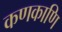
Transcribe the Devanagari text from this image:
कणकाणि